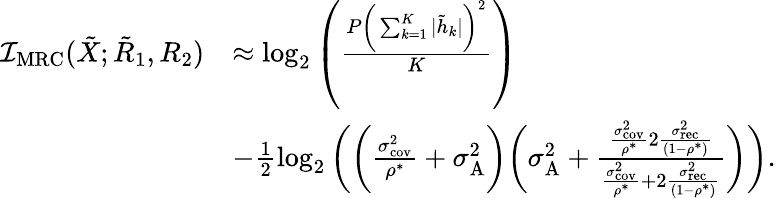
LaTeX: \begin{array}{rl}{\mathcal{I}_{\textrm{MRC}}({{{\tilde{X}}}};{{{\tilde{R}}}_{1}},{{{R}}_{2}})}&{\approx\log_{2}\left(\frac{P\bigg(\sum_{k=1}^{K}|\tilde{h}_{k}|\bigg)^{2}}{K}\right)}\\ &{-\frac{1}{2}\log_{2}\bigg(\bigg({{\frac{\sigma_{\textrm{cov}}^{2}}{\rho^{*}}}}+\sigma_{\textrm{A}}^{2}\bigg)\bigg({\sigma_{\textrm{A}}^{2}}+\frac{{{\frac{\sigma_{\textrm{cov}}^{2}}{\rho^{*}}}}2\frac{\sigma_{\textrm{rec}}^{2}}{(1-\rho^{*})}}{{{\frac{\sigma_{\textrm{cov}}^{2}}{\rho^{*}}}}+2\frac{\sigma_{\textrm{rec}}^{2}}{(1-\rho^{*})}}\bigg)\bigg).}\end{array}